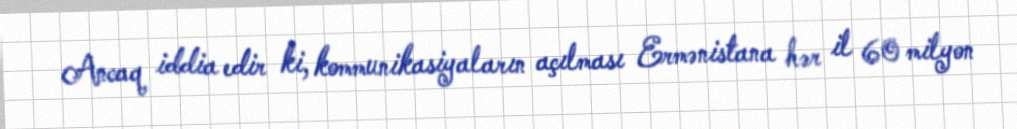
Ancaq iddia edir ki, kommunikasiyaların açılması Ermənistana hər il 60 milyon